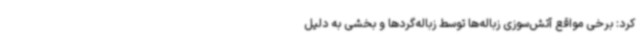
کرد: برخی مواقع آتش‌سوزی زباله‌ها توسط زباله‌گردها و بخشی به دلیل